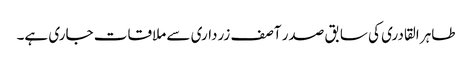
طاہر القادری کی سابق صدر آصف زرداری سے ملاقات جاری ہے۔